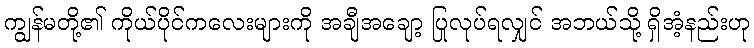
ကျွန်မတို့၏ ကိုယ်ပိုင်ကလေးများကို အချီအချော့ ပြုလုပ်ရလျှင် အဘယ်သို့ ရှိအံ့နည်းဟု